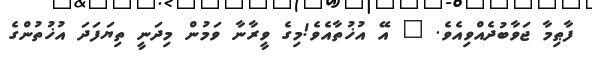
ފާޠިމާ ޖަވާބުދެއްވިއެވެ. " އޭ އުޚުތާއެވެ!މިގެ ވީރާނާ ވަމުން މިދަނީ ތިޔަފަދަ އުޚުތުންގެ